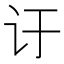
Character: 𬣙